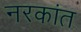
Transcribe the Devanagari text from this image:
नरकांत